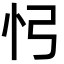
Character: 𢖸